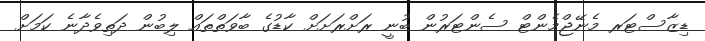
ޑިޒާސްޓަރ މެނޭޖްމެންޓް ސެންޓަރުން ބުނީ ރަށްރަށަށް ކާޑުގެ ބާވަތްތައް ލިބުން ދަތިވެދާނެ ކަމަށް